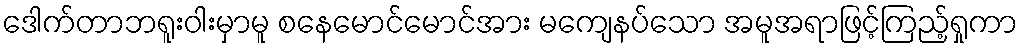
ဒေါက်တာဘရူးဝါးမှာမူ စနေမောင်မောင်အား မကျေနပ်သော အမူအရာဖြင့်ကြည့်ရှုကာ